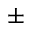
\pm